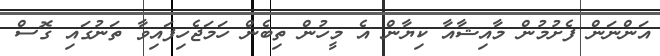
އަންނަން ފެށުމުން މާއިޝާއާ ކިޔާން އެ މީހުން ތިބެން ހަމަޖެހިފައިވާ ތަނުގައި ގޮސް